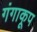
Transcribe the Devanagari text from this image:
गंगाकूप